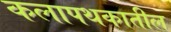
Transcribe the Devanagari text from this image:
कलापथकातील